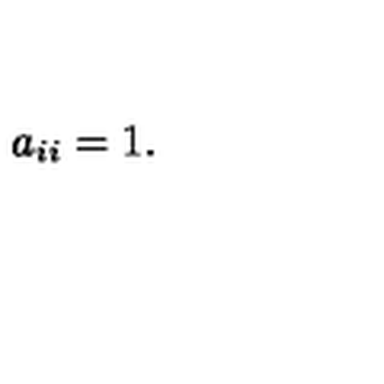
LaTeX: a _ { i i } = 1 .